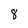
Character: 8